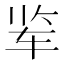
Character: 𰹾